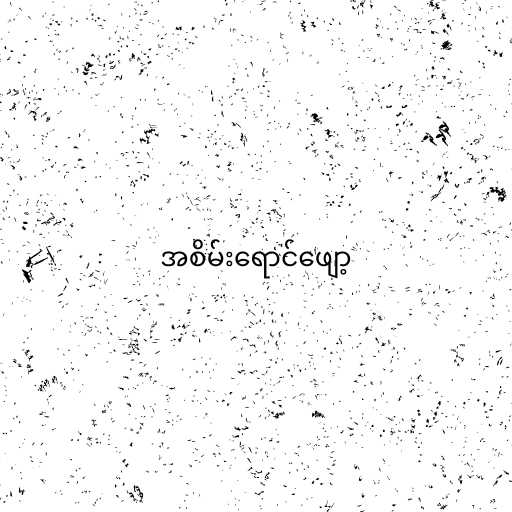
အစိမ်းရောင်ဖျော့